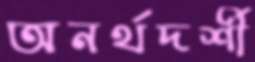
অনর্থদর্শী